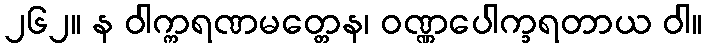
၂၆၂။ န ဝါက္ကရဏမတ္တေန၊ ဝဏ္ဏပေါက္ခရတာယ ဝါ။